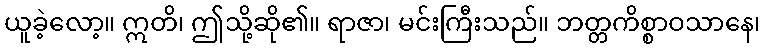
ယူခဲ့လော့။ ဣတိ၊ ဤသို့ဆို၏။ ရာဇာ၊ မင်းကြီးသည်။ ဘတ္တကိစ္စာဝသာနေ၊